Proceedings of the meeting of veterinary officers in India
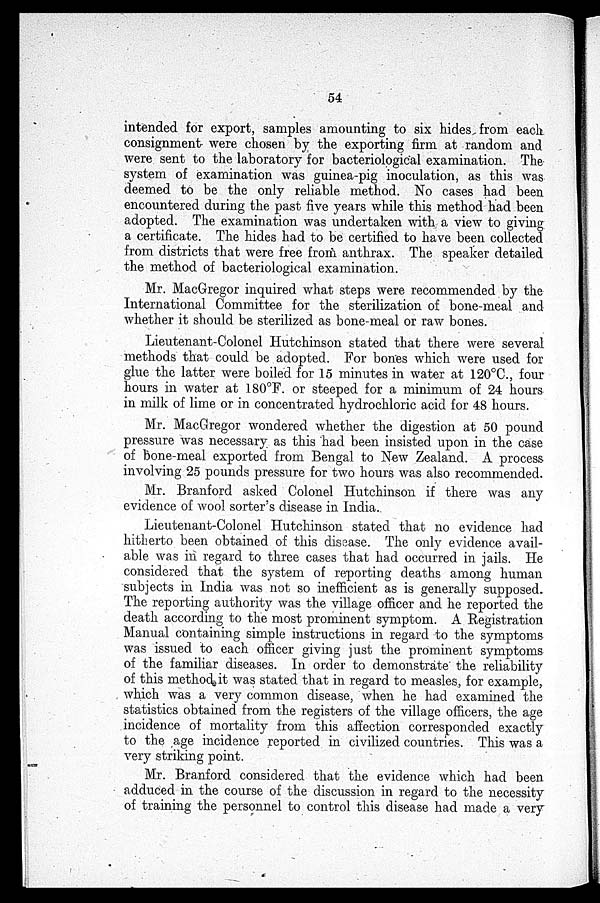
54
intended for export, samples amounting to six hides from each
consignment were chosen by the exporting firm at random and
were sent to the laboratory for bacteriological examination. The
system of examination was guinea-pig inoculation, as this was
deemed to be the only reliable method. No cases had been
encountered during the past five years while this method had been
adopted. The examination was undertaken with a view to giving
a certificate. The hides had to be certified to have been collected
from districts that were free from anthrax. The speaker detailed
the method of bacteriological examination.
Mr. MacGregor inquired what steps were recommended by the
International Committee for the sterilization of bone-meal and
whether it should be sterilized as bone-meal or raw bones.
Lieutenant-Colonel Hutchinson stated that there were several
methods that could be adopted. For bones which were used for
glue the latter were boiled for 15 minutes in water at 120°C., four
hours in water at 180ºF. or steeped for a minimum of 24 hours
in milk of lime or in concentrated hydrochloric acid for 48 hours.
Mr. MacGregor wondered whether the digestion at 50 pound
pressure was necessary as this had been insisted upon in the case
of bone-meal exported from Bengal to New Zealand. A process
involving 25 pounds pressure for two hours was also recommended.
Mr. Branford asked Colonel Hutchinson if there was any
evidence of wool sorter's disease in India.
Lieutenant-Colonel Hutchinson stated that no evidence had
hitherto been obtained of this disease. The only evidence avail-
able was in regard to three cases that had occurred in jails. He
considered that the system of reporting deaths among human
subjects in India was not so inefficient as is generally supposed.
The reporting authority was the village officer and he reported the
death according to the most prominent symptom. A Registration
Manual containing simple instructions in regard to the symptoms
was issued to each officer giving just the prominent symptoms
of the familiar diseases. In order to demonstrate the reliability
of this method it was stated that in regard to measles, for example,
which was a very common disease, when he had examined the
statistics obtained from the registers of the village officers, the age
incidence of mortality from this affection corresponded exactly
to the age incidence reported in civilized countries. This was a
very striking point.
Mr. Branford considered that the evidence which had been
adduced in the course of the discussion in regard to the necessity
of training the personnel to control this disease had made a very